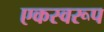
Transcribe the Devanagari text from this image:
एकस्वरूप